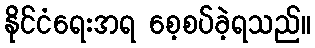
နိုင်ငံရေးအရ စေ့စပ်ခဲ့ရသည်။